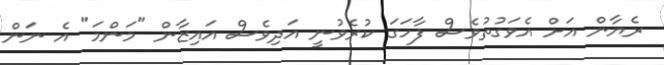
ރެޔާން އަށް އެވަގުތުވެސް ފާހަގަ ކުރެވުނީ އަދިވެސް އައިޒާން "މަންމަ" އެ ނަން